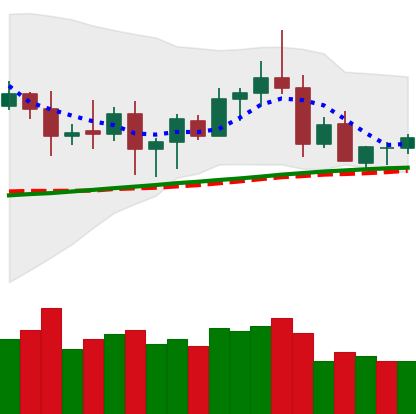
Ticker: ETC-USD
Chart end date: 2020-08-24
Forward return: -4.86%
Label: down_3_5